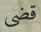
قضى